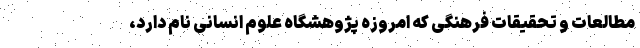
مطالعات و تحقیقات فرهنگی که امروزه پژوهشگاه علوم انسانی نام دارد،